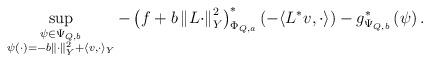
LaTeX: \begin{align*} \sup_{\substack{\psi\in \Psi_{Q,b} \\ \psi (\cdot)= -b\Vert \cdot \Vert^2_Y + \langle v, \cdot \rangle_Y} } -\left(f+ b\left\Vert L \cdot \right\Vert _{Y}^{2}\right)^{*}_{\Phi_{Q,a}} \left( -\langle L^* v, \cdot \rangle\right)-g^{*}_{\Psi_{Q,b}} \left(\psi\right).\end{align*}